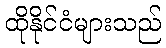
ထိုနိုင်ငံများသည်